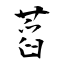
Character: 蓞